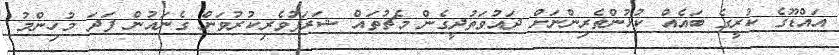
އައްޑޫގެ ކުރީގެ ބައެއް ކުޅުންތެރިންނަށް ދައުވަތުދީގެން މެޗުތައް ޝަރަފުވެރިކުރުވަން ގެނައުން ފަދަ މުހިންމު